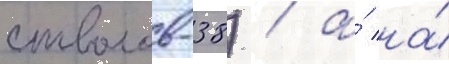
стволов-38) / а́ на́